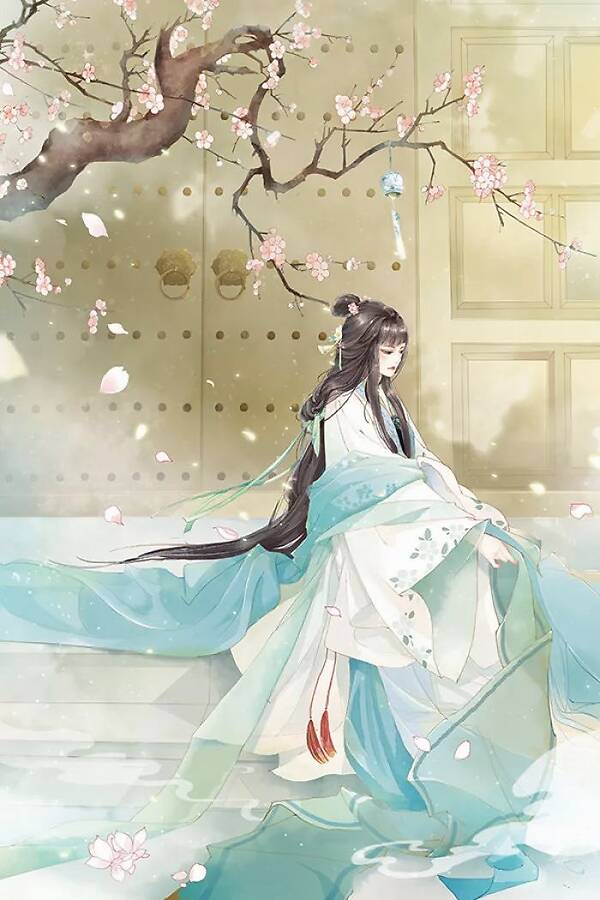
肠已断，泪难收。相思重上小红楼。